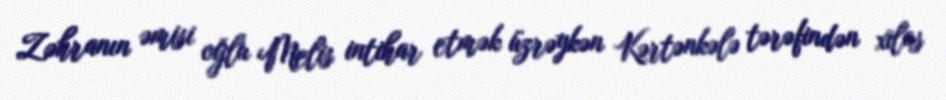
Zəhranın əmisi oğlu Melis intihar etmək üzrəykən Kərtənkələ tərəfindən xilas